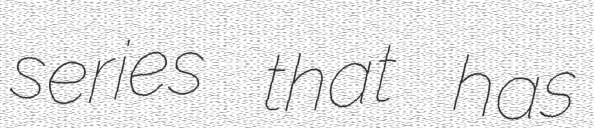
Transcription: series that has